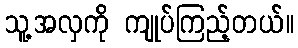
သူ့အလှကို ကျုပ်ကြည့်တယ်။